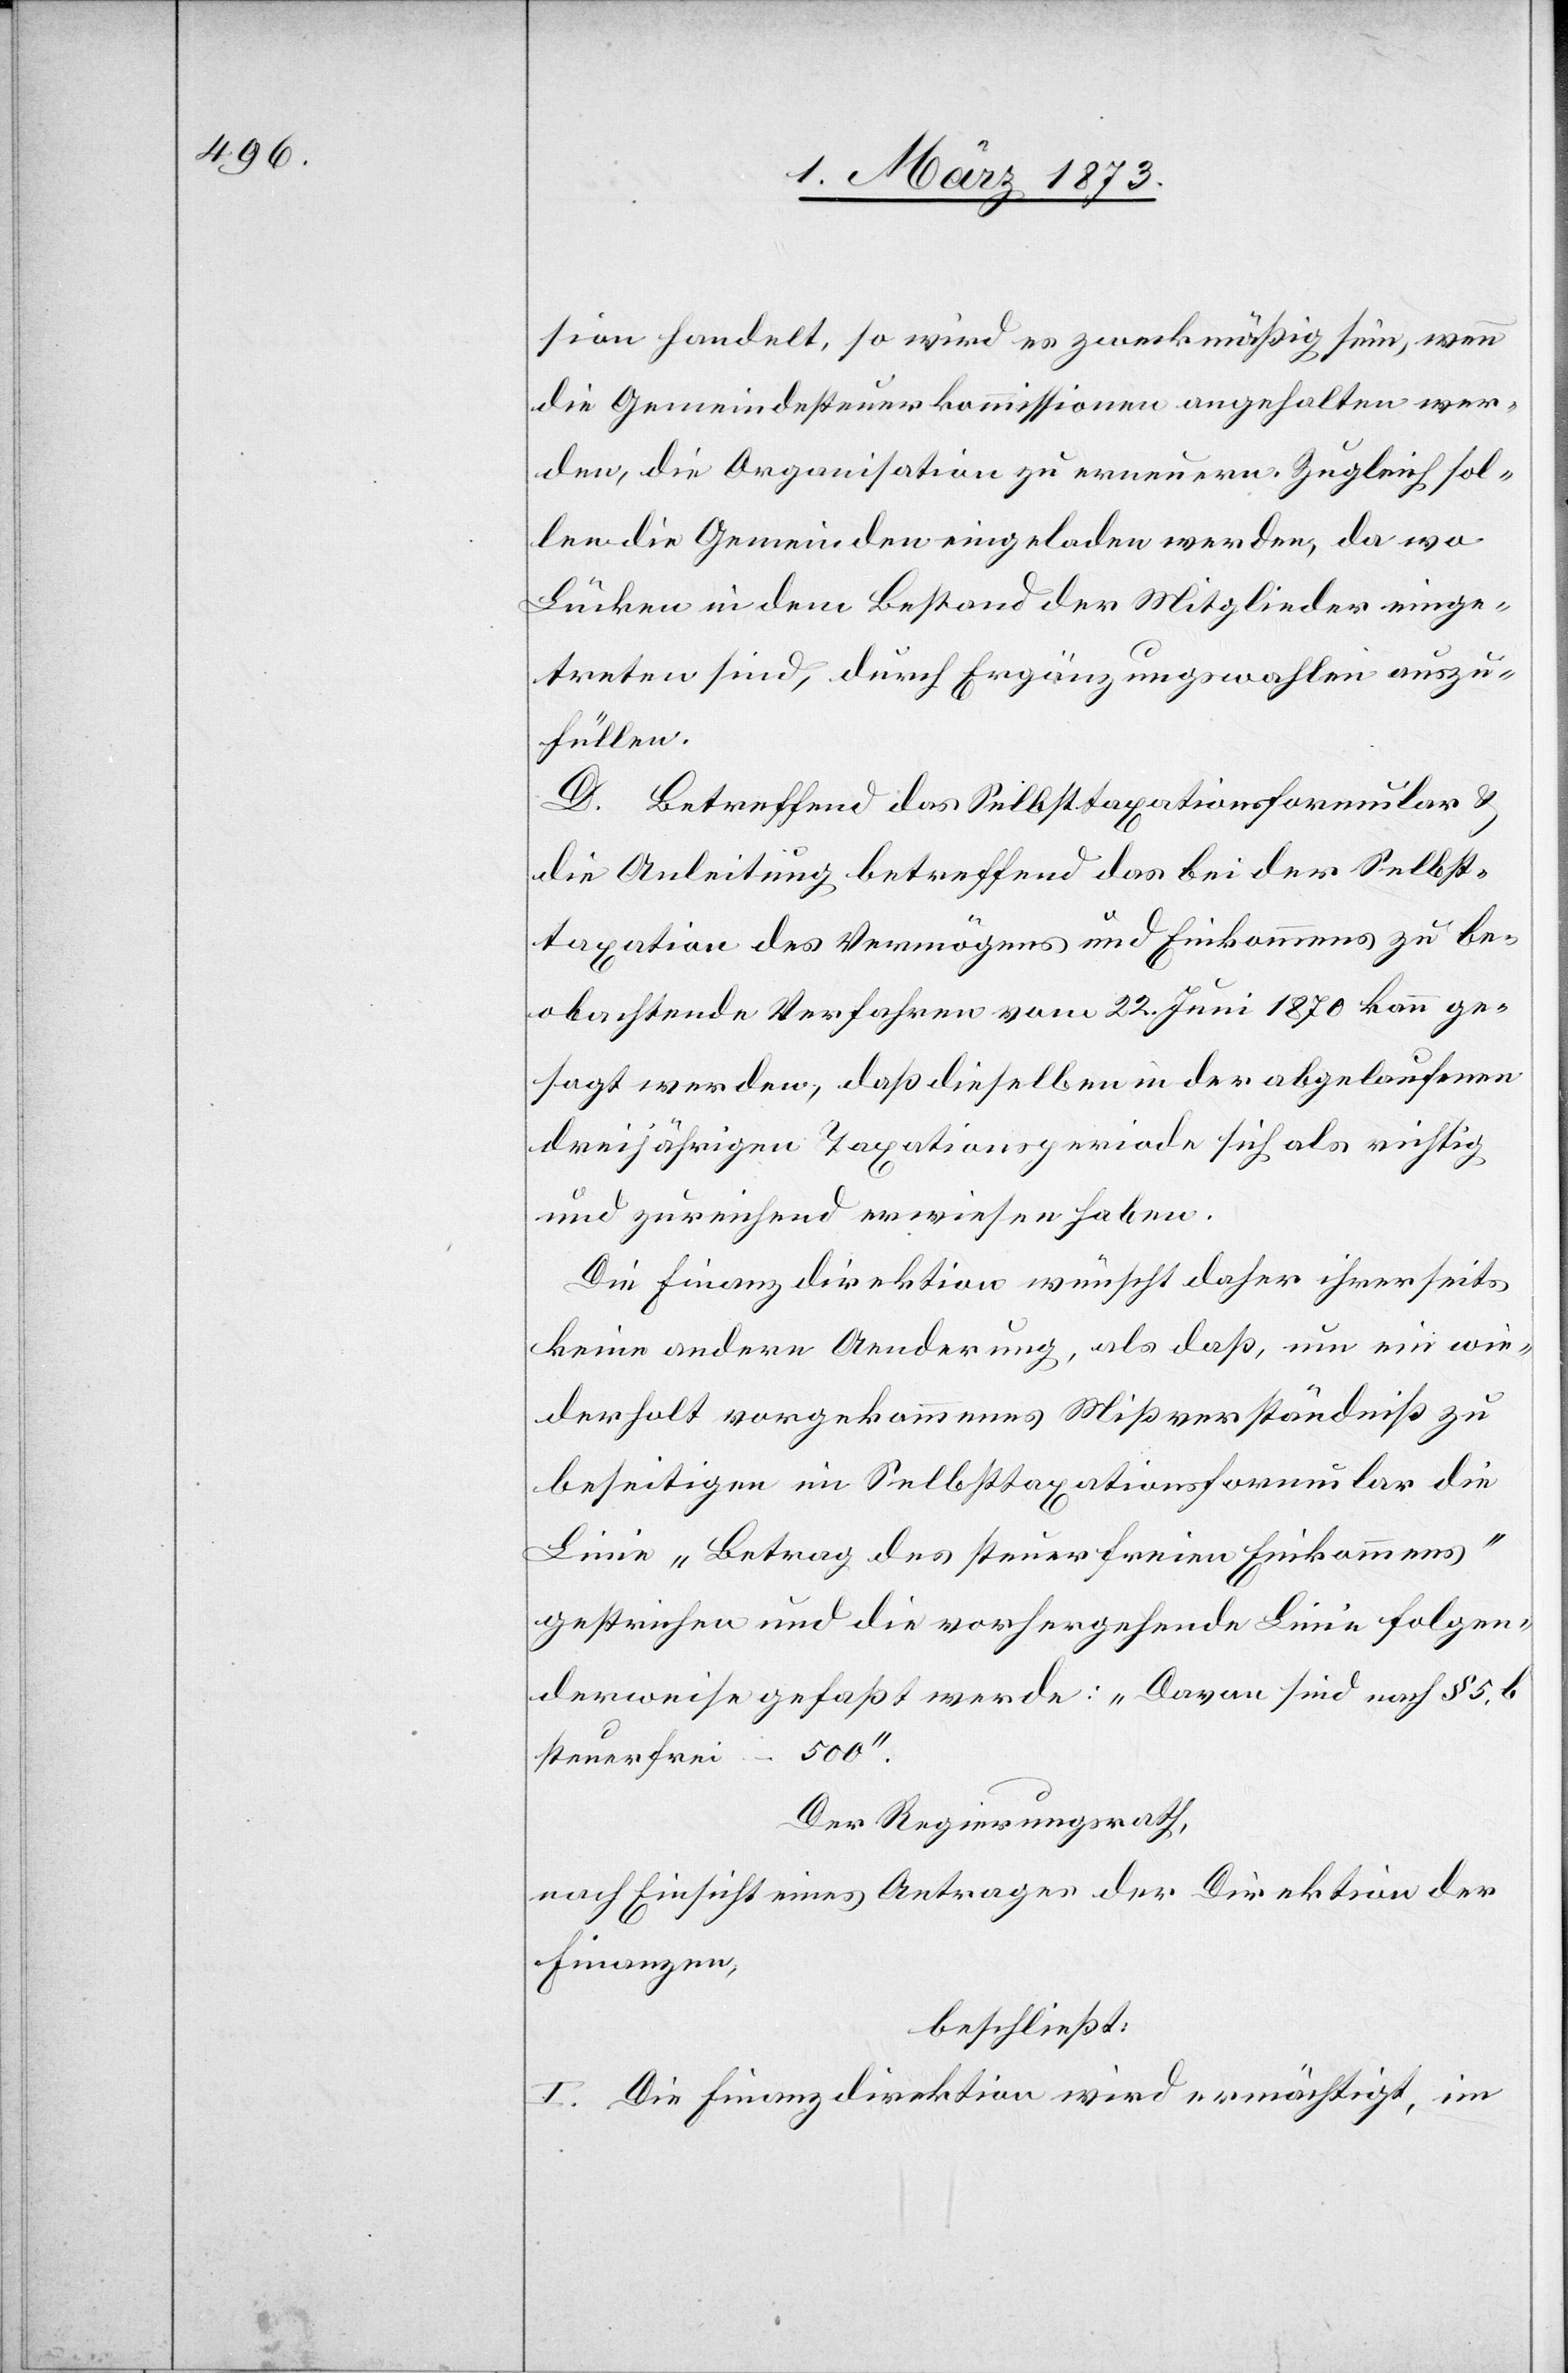
sion handelt, so wird es zweckmäßig sein, wenn
die Gemeindesteuerkommissionen angehalten wer¬
den, die Organisation zu erneuern. Zugleich sol¬
len die Gemeinden eingeladen werden, da wo
Lücken in dem Bestand der Mitglieder einge¬
treten sind, durch Ergänzungswahlen auszu¬
füllen.
D. Betreffend das Selbsttaxationsformular u.
die Anleitung betreffend das bei der Selbst¬
taxation des Vermögens und Einkommens zu be¬
obachtende Verfahren vom 22. Juni 1870 kann ge¬
sagt werden, daß dieselben in der abgelaufenen
dreijährigen Taxationsperiode sich als richtig
und zureichend erwiesen haben.
Die Finanzdirektion wünscht daher ihrerseits
keine andere Aenderung, als daß, um ein wie¬
derholt vorgekommenes Mißverständniß zu
beseitigen im Selbsttaxationsformular die
Linie „Betrag des steuerfreien Einkommens“
gestrichen und die vorhergehende Linie folgen¬
derweise gefaßt werde: „Davon sind nach § 5, b
steuerfrei – 500“.
Der Regierungsrath,
nach Einsicht eines Antrages der Direktion der
Finanzen,
beschließt:
I. Die Finanzdirektion wird ermächtigt, im